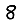
Digit: 8